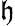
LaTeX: \mathfrak{h}